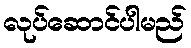
လုပ်ဆောင်ပါမည်